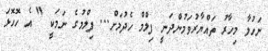
ނަހުލާ މިހާރު ތައްޔާރުވަމުންދަނީ ފިލްމް ހެދުމަށް... ފިލްމުގެ ނަމަކީ " އެ ހޮހޮޅަ